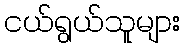
ငယ်ရွယ်သူများ